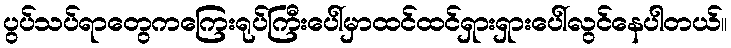
ပွပ်သပ်ရာတွေကကြေးရုပ်ကြီးပေါ်မှာထင်ထင်ရှားရှားပေါ်လွင်နေပါတယ်။